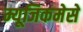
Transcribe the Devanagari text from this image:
म्यूजिकमेसे